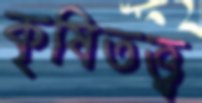
কৃষিতত্ত্ব